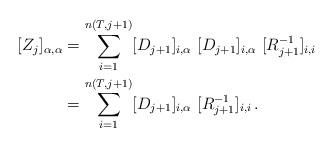
LaTeX: \begin{align*} [Z_j]_{\alpha, \alpha} &= \sum_{i = 1}^{n(T, j+1)}[D_{j+1}]_{i, \alpha} \ [D_{j+1}]_{i, \alpha} \ [R_{j+1}^{-1}]_{i, i}\\ &= \sum_{i = 1}^{n(T, j+1)}[D_{j+1}]_{i, \alpha} \ [R_{j+1}^{-1}]_{i, i} \, . \end{align*}